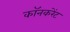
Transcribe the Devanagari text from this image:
कॉनकरेंट